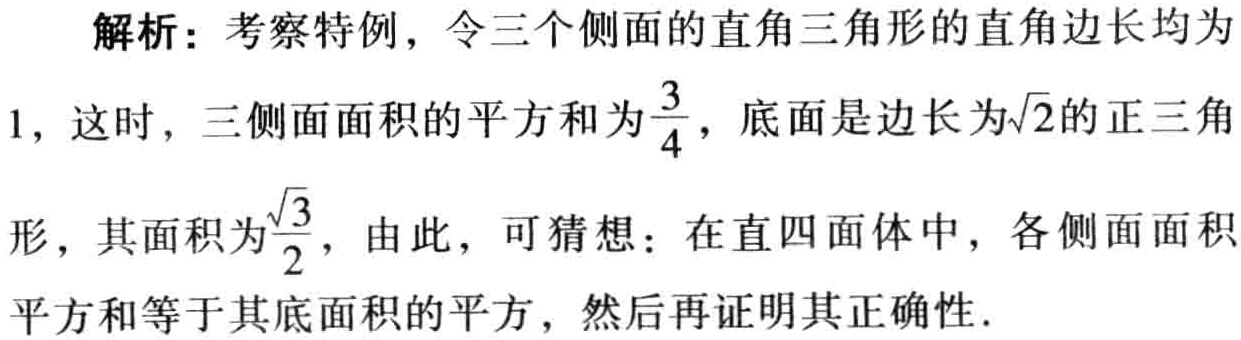
解析：考察特例，令三个侧面的直角三角形的直角边长均为
1，这时，三侧面面积的平方和为$\frac{3}{4}$，底面是边长为$\sqrt{2}$的正三角
形，其面积为$\frac{\sqrt{3}}{2}$，由此，可猜想：在直四面体中，各侧面面积
平方和等于其底面积的平方，然后再证明其正确性.